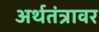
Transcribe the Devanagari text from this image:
अर्थतंत्रावर